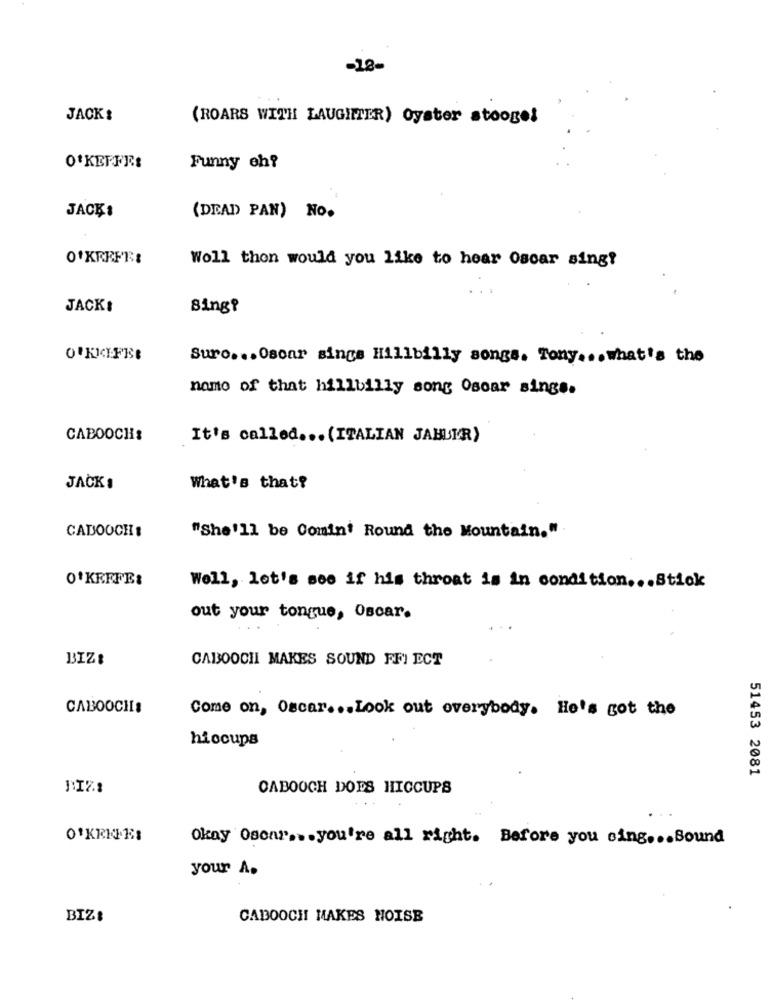
-18-
JACK:
(ROARS WITH LAUGHTER) Oyster stoogel
O'KEFFE:
Funny eh?
JACKS
(DEAD PAN) NO.
Woll thon would you like to hear Oscar sing?
. .
JACK:
Sing?
O'KEEFE
Sure ... Oscar sings Hillbilly songs. Tony ... what's the
name of that hillbilly song Oscar sings.
CABOOCH:
It's called ... (ITALIAN JABUIR)
JACK ,
What's that?
CADOOCH:
"She'll be Comin' Round the Mountain."
O'KEEFE:
Well, let's see if his throat is in condition ... Stick
out your tongue, Oscar.
BIZI
CABOOCH MAKES SOUND FFI ECT
CABOOCHIS
Come on, Oscar ... Look out overybody. He's got the
hiccups
51453 2081
CABOOCH DOES HICCUPS
0
Okay Osonr ... you're all right. Before you sing ... Bound
your A.
BIZ:
CABOOCH MAKES NOISE